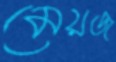
মেয়জ